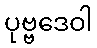
ပုဗ္ဗဒေဝါ